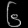
Digit: ၆